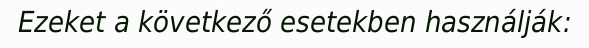
Ezeket a következő esetekben használják: